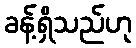
ခန့်ရှိသည်ဟု